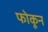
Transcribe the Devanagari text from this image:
फोकून